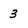
Character: 3